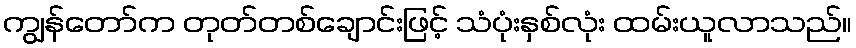
ကျွန်တော်က တုတ်တစ်ချောင်းဖြင့် သံပုံးနှစ်လုံး ထမ်းယူလာသည်။